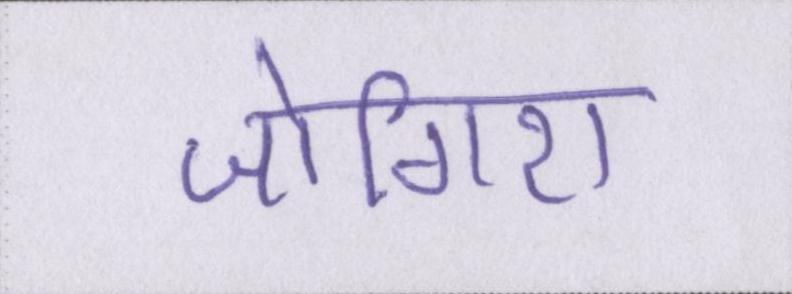
जोगिरा